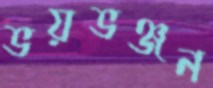
ভয়ভঞ্জন